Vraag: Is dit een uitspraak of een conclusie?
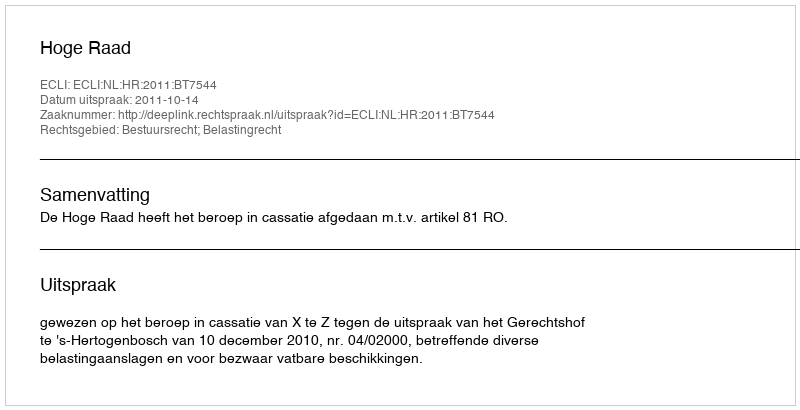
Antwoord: Uitspraak